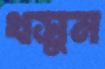
খসুন